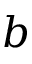
b